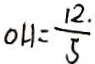
O H = \frac { 1 2 . } { 5 }